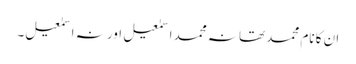
ان کا نام محمد تھا نہ محمد اسمٰعیل اور نہ اسمٰعیل۔